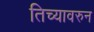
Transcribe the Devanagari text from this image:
तिच्यावरुन